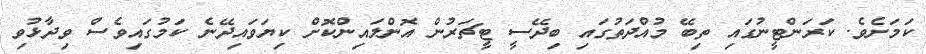
ކަމަށެވެ. ކަރަންޓީނުގައި ތިބޭ މުއްދަތުގައި ބިދޭސީ ޓީޗަރުން އޮންލައިންކޮށް ކިޔަވައިދޭނެ ކަމުގައިވެސް ވިދާޅުވި